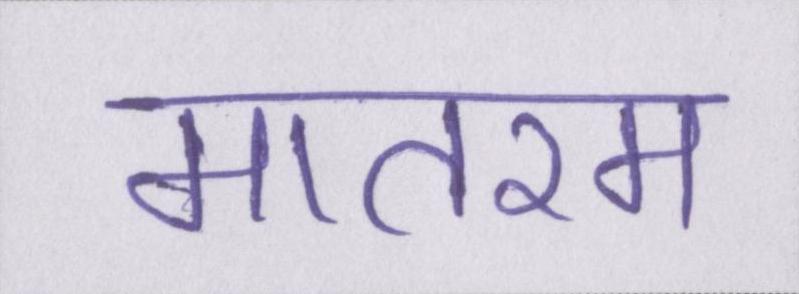
मातरम